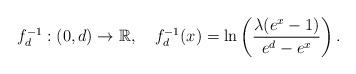
LaTeX: \begin{align*} f_d^{-1}:(0, d) \rightarrow \mathbb R, \,\,\,\,\,\, f_d^{-1}(x)= \ln \left ( \frac{\lambda(e^{x}-1)}{e^d-e^x} \right). \end{align*}